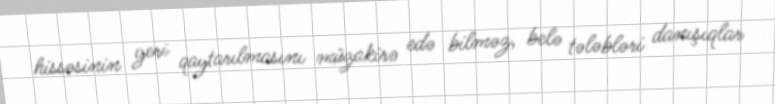
hissəsinin geri qaytarılmasını müzakirə edə bilməz, belə tələbləri danışıqlar